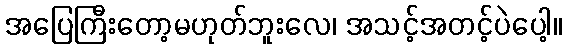
အပြေကြီးတော့မဟုတ်ဘူးလေ၊ အသင့်အတင့်ပဲပေါ့။